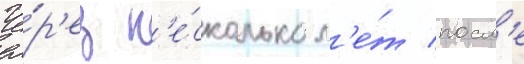
Че́р'ез н'е́сколько л'е́т посл'е